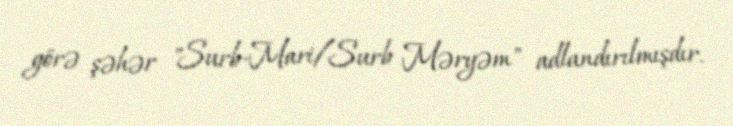
görə şəhər "Surb-Mari/Surb Məryəm" adlandırılmışdır.